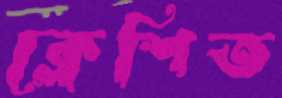
ক্লেশিত